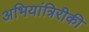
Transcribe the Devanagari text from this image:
अभियांत्रिरीकी